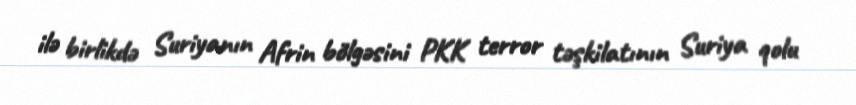
ilə birlikdə Suriyanın Afrin bölgəsini PKK terror təşkilatının Suriya qolu